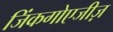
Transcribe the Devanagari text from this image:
जिंकगोएजीज़